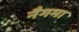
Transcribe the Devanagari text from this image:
नैगमा